Calcutta medical institutions reports 1871-78
Year: 1871
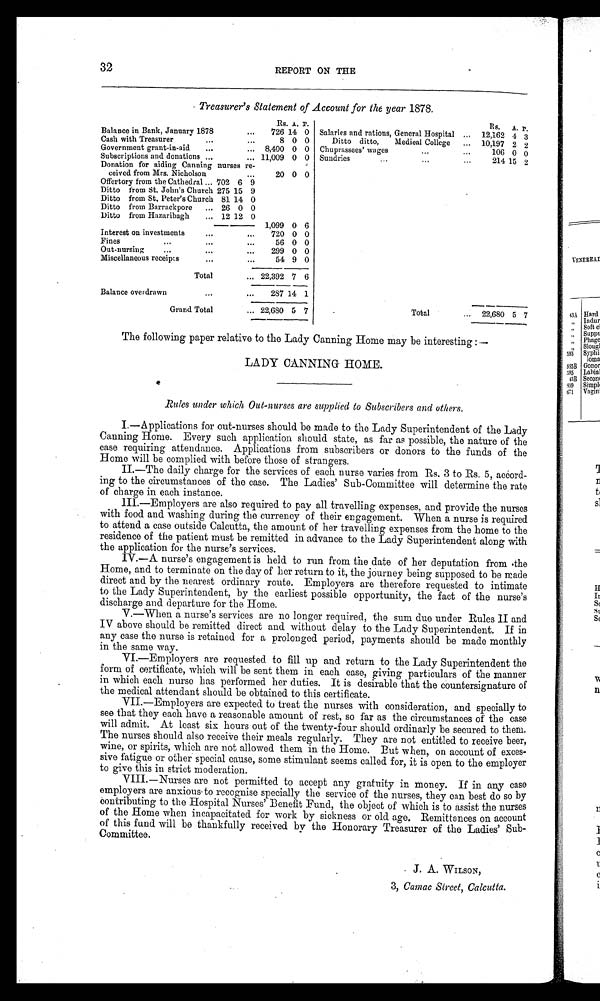
32
REPORT ON THE
Treasurer's Statement of Account for the year 1878.
Rs. A. P.
Rs. A. P.
Balance in Bank, January 1878
726 14 0 Salaries and rations, General Hospital
12,162 4 3
ash with Treasurer
8 0 0
Ditto ditto,
Medical College
10,197 2 2
Government grant-in-aid
8,400 0 0 Chuprassees' wages
106 0 0
Subscriptions and donations
11,009 0 0 Sundries
214 15 2
Donation for aiding Canning nurses re-
ceived from Mrs. Nicholson
20 0 0
Offertory from the Cathedral 702 6 9
Ditto from St. John's Church 275 15 9
Ditto from St. Peter's Church 81 14 0
Ditto from Barrackpore
26 0 0
Ditto from Hazaribagh
12 12 0
1,099 0 6
Interest on investments
720 0 0
Fines
56 0 0
Out-nursing
299 0 0
Miscellaneous receipts
54 9 0
Total
22,392 7 6
Balance overdrawn
287 14 1
Grand Total
22,680 5 7
Total
22,680 5 7
The following paper relative to the Lady Canning Home may be interesting :—
LADY CANNING HOME.
Rules under which Out-nurses are supplied to Subscribers and others.
I.—Applications for out-nurses should be made to the Lady Superintendent of the Lady
Canning Home. Every such application should state, as far as possible, the nature of the
case requiring attendance. Applications from subscribers or donors to the funds of the
Home will be complied with before those of strangers.
II.—The daily charge for the services of each nurse varies from Rs. 3 to Rs. 5,
a c c o r d - i n g t o t h e c i r c u m s t a n c e s o f t h e c a s e . T h e L a d i e s ' S u b - C o m m i t t e e w i l l d e t e r m i n e t h e r a t e
of charge in each instance.
III.—Employers are also required to pay all travelling expenses, and provide the nurses
with food and washing during the currency of their engagement. When a nurse is required
to attend a case outside Calcutta, the amount of her travelling expenses from the home to the
residence of the patient must be remitted in advance to the Lady Superintendent along with
the application for the nurse's services.
IV.—A nurse's engagement is held to run from the date of her deputation from the
Home, and to terminate on the day of her return to it, the journey being supposed to be made
direct and by the nearest ordinary route. Employers are therefore requested to intimate
to the Lady Superintendent, by the earliest possible opportunity, the fact of the nurse's
discharge and departure for the Home.
V.—When a nurse's services are no longer required, the sum due under Rules II and
IV above should be remitted direct and without delay to the Lady Superintendent. If in
any case the nurse is retained for a prolonged period, payments should be made monthly
in the same way.
VI.—Employers are requested to fill up and return to the Lady Superintendent the
form of certificate, which will be sent them in each case, giving particulars of the manner
in which each nurse has performed her duties. It is desirable that the countersignature of
the medical attendant should be obtained to this certificate.
VII.—Employers are expected to treat the nurses with consideration, and specially to
see that they each have a reasonable amount of' rest, so far as the circumstances of the case
will admit. At least six hours out of the twenty-four should ordinarly be secured to them.
The nurses should also receive their meals regularly. They are not entitled to receive beer,
wine, or spirits, which are not allowed them in the Home. But when, on account of exces
-sive fatigue or other special cause, some stimulant seems called for, it is open to the employer
to give this in strict moderation.
VIII.—Nurses are not permitted to accept any gratuity in money. If in any case
employers are anxious to recognise specially the service of the nurses, they can best do so by
Contributing to the Hospital Nurses' Benefit Fund, the object of which is to assist the nurses
of the Home when incapacitated for work by sickness or old age. Remittances on account
of this fund will be thankfully received by the Honorary Treasurer of the Ladies' Sub-
Committee.
J . A . W I L S O N ,
3, Camac Street, Calcutta.
•